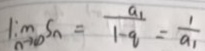
\lim \limits _ { n \rightarrow \infty } s _ { n } = \frac { a _ { 1 } } { 1 - q } = \frac { 1 } { a _ { 1 } }